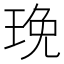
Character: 㻊